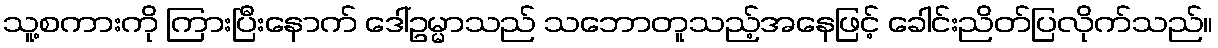
သူ့စကားကို ကြားပြီးနောက် ဒေါ်ဥမ္မာသည် သဘောတူသည့်အနေဖြင့် ခေါင်းညိတ်ပြလိုက်သည်။